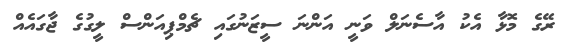
ރޭގެ މޮޅާ އެކު އާސެނަލް ވަނީ އަންނަ ސީޒަނުގައި ޗެމްޕިއަންސް ލީގުގެ ޖާގައެއް